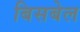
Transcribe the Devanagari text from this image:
बिसबेल